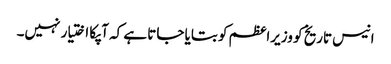
انیس تاریخ کو وزیراعظم کو بتایا جاتا ہے کہ آپکا اختیار نہیں۔